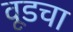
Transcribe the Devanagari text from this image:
वूडचा